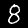
Digit: 8